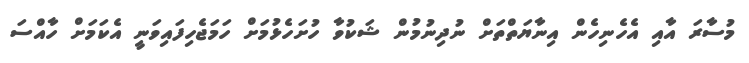
މުސާރަ އާއި އެހެނިހެން އިނާޔަތްތަށް ނުދިނުމުން ޝަކުވާ ހުށަހެޅުމަށް ހަމަޖެހިފައިވަނީ އެކަމަށް ހާއްސަ